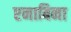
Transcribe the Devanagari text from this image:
एनाबिना